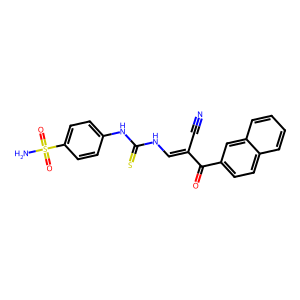
SMILES: N#CC(=CNC(=S)Nc1ccc(S(N)(=O)=O)cc1)C(=O)c1ccc2ccccc2c1
Inhibits HIV replication: No